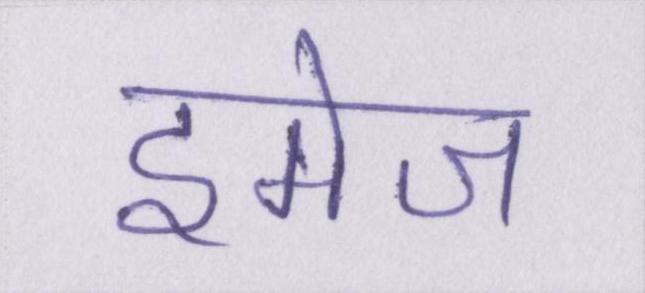
इमेज